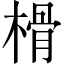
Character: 榾